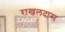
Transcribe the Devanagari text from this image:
राखलदास